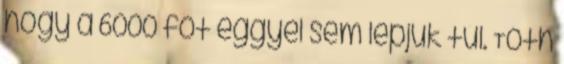
hogy a 6000 főt eggyel sem lépjük túl. Tóth